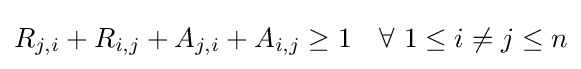
R_{j,i}+R_{i,j}+A_{j,i}+A_{i,j}\geq 1\quad \forall \ 1\leq i\neq j\leq n